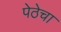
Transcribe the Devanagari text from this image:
पेठेचा